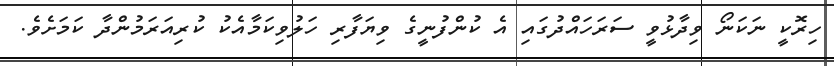
ހިރޮކީ ނަކަނޯ ވިދާޅުވީ ސަރަހައްދުގައި އެ ކުންފުނީގެ ވިޔަފާރި ހަލުވިކަމާއެކު ކުރިއަރަމުންދާ ކަމަށެވެ.